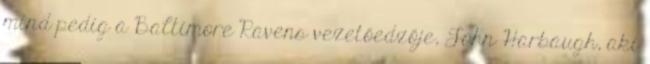
mind pedig a Baltimore Ravens vezetőedzője, John Harbaugh, aki